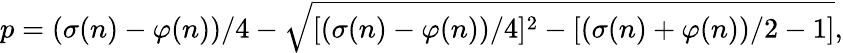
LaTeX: p=(\sigma(n)-\varphi(n))/4-{\sqrt{[(\sigma(n)-\varphi(n))/4]^{2}-[(\sigma(n)+\varphi(n))/2-1]}},